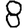
Digit: 8